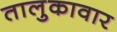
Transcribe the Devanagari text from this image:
तालुकावार